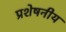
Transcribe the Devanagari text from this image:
प्रशेषनीय